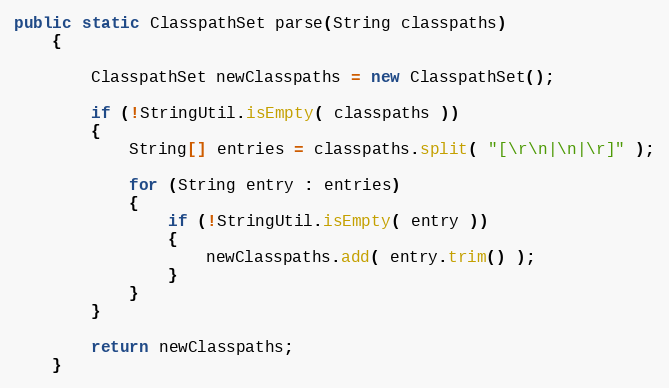
Language: Java
public static ClasspathSet parse(String classpaths)
    {

        ClasspathSet newClasspaths = new ClasspathSet();

        if (!StringUtil.isEmpty( classpaths ))
        {
            String[] entries = classpaths.split( "[\r\n|\n|\r]" );

            for (String entry : entries)
            {
                if (!StringUtil.isEmpty( entry ))
                {
                    newClasspaths.add( entry.trim() );
                }
            }
        }

        return newClasspaths;
    }